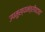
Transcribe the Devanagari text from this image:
उपमुख्यमंत्रीपदाचा